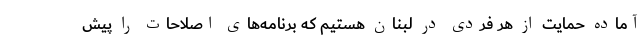
آماده حمایت از هر فردی در لبنان هستیم که برنامه‌های اصلاحات را پیش